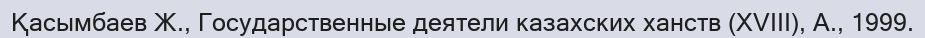
Қасымбаев Ж., Государственные деятели казахских ханств (XVІІІ), А., 1999.